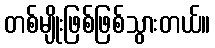
တစ်မျိုးဖြစ်ဖြစ်သွားတယ်။